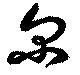
尓